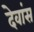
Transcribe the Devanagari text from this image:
देवांस